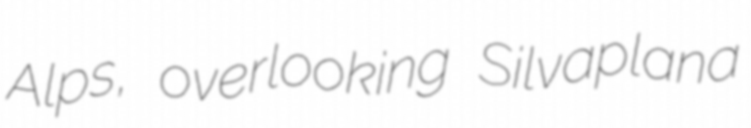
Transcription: Alps, overlooking Silvaplana